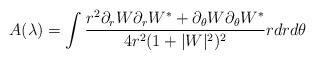
LaTeX: \begin{align*}A(\lambda)=\int\frac{r^{2}\partial_{r}W\partial_{r}W^{*}+\partial_{\theta}W\partial_{\theta}W^{*}}{4r^{2}(1+|W|^{2})^{2}}rdrd\theta\end{align*}